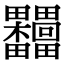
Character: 𣡺